Source: Handwritten
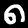
Digit: ၈ (8)